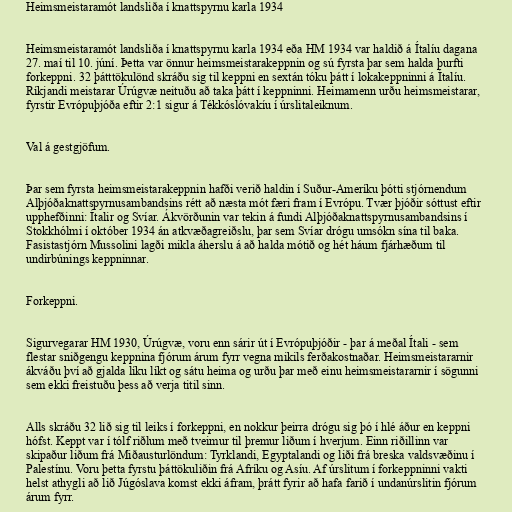
Heimsmeistaramót landsliða í knattspyrnu karla 1934

Heimsmeistaramót landsliða í knattspyrnu karla 1934 eða HM 1934 var haldið á Ítalíu dagana
27. maí til 10. júní. Þetta var önnur heimsmeistarakeppnin og sú fyrsta þar sem halda þurfti
forkeppni. 32 þátttökulönd skráðu sig til keppni en sextán tóku þátt í lokakeppninni á Ítalíu.
Ríkjandi meistarar Úrúgvæ neituðu að taka þátt í keppninni. Heimamenn urðu heimsmeistarar,
fyrstir Evrópuþjóða eftir 2:1 sigur á Tékkóslóvakíu í úrslitaleiknum.

Val á gestgjöfum.

Þar sem fyrsta heimsmeistarakeppnin hafði verið haldin í Suður-Ameríku þótti stjórnendum
Alþjóðaknattspyrnusambandsins rétt að næsta mót færi fram í Evrópu. Tvær þjóðir sóttust eftir
upphefðinni: Ítalir og Svíar. Ákvörðunin var tekin á fundi Alþjóðaknattspyrnusambandsins í
Stokkhólmi í október 1934 án atkvæðagreiðslu, þar sem Svíar drógu umsókn sína til baka.
Fasistastjórn Mussolini lagði mikla áherslu á að halda mótið og hét háum fjárhæðum til
undirbúnings keppninnar.

Forkeppni.

Sigurvegarar HM 1930, Úrúgvæ, voru enn sárir út í Evrópuþjóðir - þar á meðal Ítali - sem
flestar sniðgengu keppnina fjórum árum fyrr vegna mikils ferðakostnaðar. Heimsmeistararnir
ákváðu því að gjalda líku líkt og sátu heima og urðu þar með einu heimsmeistararnir í sögunni
sem ekki freistuðu þess að verja titil sinn.

Alls skráðu 32 lið sig til leiks í forkeppni, en nokkur þeirra drógu sig þó í hlé áður en keppni
hófst. Keppt var í tólf riðlum með tveimur til þremur liðum í hverjum. Einn riðillinn var
skipaður liðum frá Miðausturlöndum: Tyrklandi, Egyptalandi og liði frá breska valdsvæðinu í
Palestínu. Voru þetta fyrstu þáttökuliðin frá Afríku og Asíu. Af úrslitum í forkeppninni vakti
helst athygli að lið Júgóslava komst ekki áfram, þrátt fyrir að hafa farið í undanúrslitin fjórum
árum fyrr.